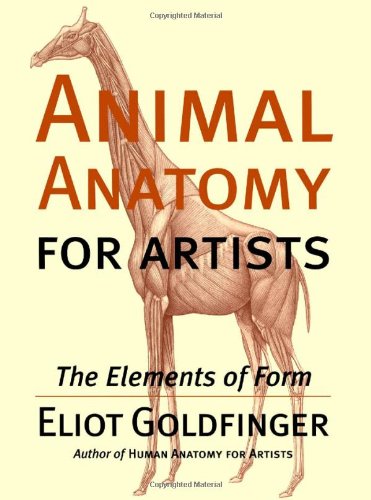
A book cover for Animal Anatomy for Artists: The Elements of Form; Eliot Goldfinger; Arts & Photography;